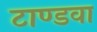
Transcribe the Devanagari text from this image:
टाण्डवा